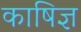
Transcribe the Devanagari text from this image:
काषिज्ञ